Vaccination in Burma 1912-1922 - 1912-1922
Year: 1912
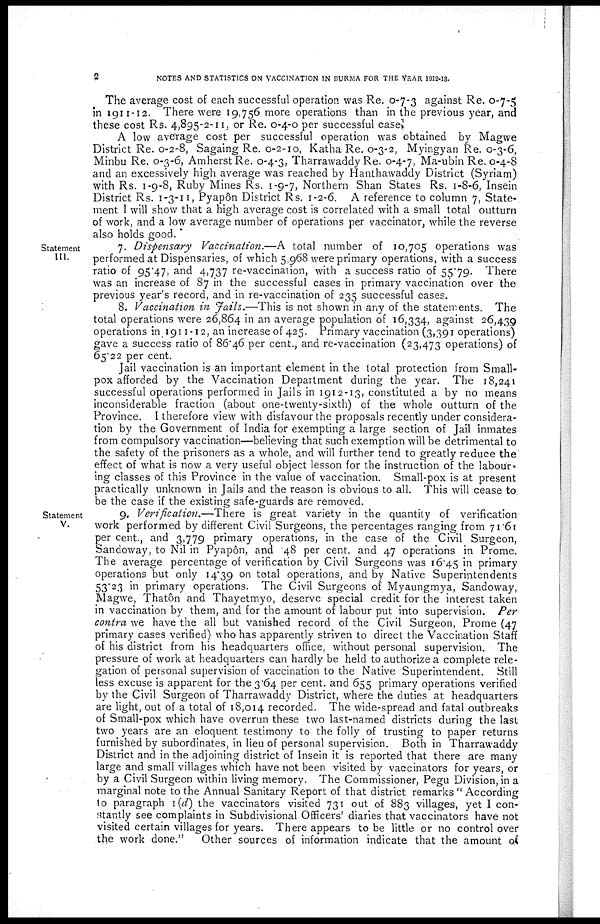
2
NOTES AND STATISTICS ON VACCINATION IN BURMA FOR THE YEAR 1912-13.
The average cost of each successful operation was Re. 0-7-3 against Re. 0-7-5
in 1911-12. There were 19,756 more operations than in the previous year, and
these cost Rs. 4,895-2-11, or Re. 0-4-0 per successful case.
A low average cost per successful operation was obtained by Magwe
District Re. 0-2-8, Sagaing Re. 0-2-10, Katha Re. 0-3-2, Myingyan Re. 0-3-6,
Minbu Re. 0-3-6, Amherst Re. 0-4-3, Tharrawaddy Re. 0-4-7, Ma-ubin Re. 0-4-8
and an excessively high average was reached by Hanthawaddy District (Syriam)
with Rs. 1-9-8, Ruby Mines Rs. 1-9-7, Northern Shan States Rs. 1-8-6, Insein
District Rs. 1-3-11, Pyapôn District Rs. 1-2-6. A reference to column 7, State-
ment I will show that a high average cost is correlated with a small total outturn
of work, and a low average number of operations per vaccinator, while the reverse
also holds good.
Statement
III.
7. Dispensary Vaccination.—A total number of 10,705 operations was
performed at Dispensaries, of which 5,968 were primary operations, with a success
ratio of 95.47, and 4,737 re-vaccination, with a success ratio of 55.79. There
was an increase of 87 in the successful cases in primary vaccination over the
previous year's record, and in re-vaccination of 235 successful cases.
8. Vaccination in Jails.—This is not shown in any of the statements. The
total operations were 26,864 in an average population of 16,334, against 26,439
operations in 1911-12, an increase of 425. Primary vaccination (3,391 operations)
gave a success ratio of 86.46 per cent., and re-vaccination (23,473 operations) of
65.22 per cent.
Jail vaccination is an important element in the total protection from Small-
pox afforded by the Vaccination Department during the year. The 18,241
successful operations performed in Jails in 1912-13, constituted a by no means
inconsiderable fraction (about one-twenty-sixth) of the whole outturn of the
Province. I therefore view with disfavour the proposals recently under considera-
tion by the Government of India for exempting a large section of Jail inmates
from compulsory vaccination—believing that such exemption will be detrimental to
the safety of the prisoners as a whole, and will further tend to greatly reduce the
effect of what is now a very useful object lesson for the instruction of the labour-
ing classes of this Province in the value of vaccination. Small-pox is at present
practically unknown in Jails and the reason is obvious to all. This will cease to
be the case if the existing safe-guards are removed.
Statement
V.
9. Verification.— There is great variety in the quantity of verification
work performed by different Civil Surgeons, the percentages ranging from 71.61
per cent., and 3,779 primary operations, in the case of the Civil Surgeon,
Sandoway, to Nil in Pyapôn, and 48 per cent. and 47 operations in Prome.
The average percentage of verification by Civil Surgeons was 16.45 in primary
operations but only 14.39 on total operations, and by Native Superintendents
53.23 in primary operations. The Civil Surgeons of Myaungmya, Sandoway,
Magwe, Thatôn and Thayetmyo, deserve special credit for the interest taken
in vaccination by them, and for the amount of labour put into supervision. Per
contra we have the all but vanished record of the Civil Surgeon, Prome (47
primary cases verified) who has apparently striven to direct the Vaccination Staff
of his district from his headquarters office, without personal supervision. The
pressure of work at headquarters can hardly be held to authorize a complete rele-
gation of personal supervision of vaccination to the Native Superintendent. Still
less excuse is apparent for the 3.64 per cent. and 655 primary operations verified
by the Civil Surgeon of Tharrawaddy District, where the duties at headquarters
are light, out of a total of 18,014 recorded. The wide-spread and fatal outbreaks
of Small-pox which have overrun these two last-named districts during the last
two years are an eloquent testimony to the folly of trusting to paper returns
furnished by subordinates, in lieu of personal supervision. Both in Tharrawaddy
District and in the adjoining district of Insein it is reported that there are many
large and small villages which have not been visited by vaccinators for years, or
by a Civil Surgeon within living memory. The Commissioner, Pegu Division, in a
marginal note to the Annual Sanitary Report of that district remarks " According
to paragraph I(d) the vaccinators visited 731 out of 883 villages, yet I con-
stantly see complaints in Subdivisional Officers' diaries that vaccinators have not
visited certain villages for years. There appears to be little or no control over
the work done." Other sources of information indicate that the amount of